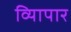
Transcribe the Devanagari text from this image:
व्यािपार